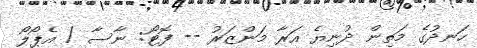
ހަނދުގެ މަތިން ދުނިޔެ އަރާ މަންޒަރު -- ފޮޓޯ: ނާސާ / އެޕޯލޯ